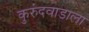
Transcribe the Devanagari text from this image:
कुरुंदवाडाला